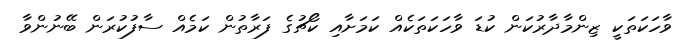
ވާހަކަތަކީ ޒިންމާދާރުކަން ކުޑަ ވާހަކަތަކެއް ކަމަށާއި ކޯޗުގެ ފަރާތުން ކަމެއް ސާފުކުރަން ބޭނުންވާ